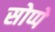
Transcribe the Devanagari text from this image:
सोप्पे